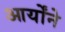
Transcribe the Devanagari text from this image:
आर्योंने